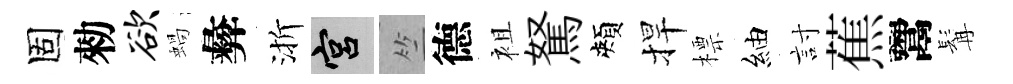
固勑欲蝸彜渐宫竺德袓駑頰捍標紬討蕉鬻髯